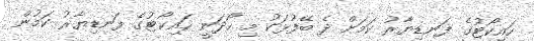
ހައިކޯޓުގެ ފަނޑިޔާރު ކަމަށް ދެ ބޭފުޅަކު މި ހޯދަނީ ހައިކޯޓުގެ ފަނޑިޔާރު ކަމުން